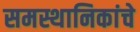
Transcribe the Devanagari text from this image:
समस्थानिकांचे